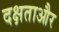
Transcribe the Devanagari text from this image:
दक्षताऔर